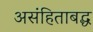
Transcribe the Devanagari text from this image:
असंहिताबद्ध